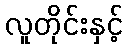
လူတိုင်းနှင့်